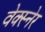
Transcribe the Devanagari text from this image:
वेक्स्नेर